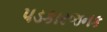
પડકારજનક